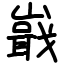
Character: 嶯